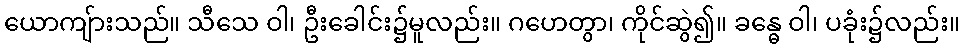
ယောကျ်ားသည်။ သီသေ ဝါ၊ ဦးခေါင်း၌မူလည်း။ ဂဟေတွာ၊ ကိုင်ဆွဲ၍။ ခန္ဓေ ဝါ၊ ပခုံး၌လည်း။